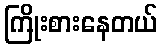
ကြိုးစားနေတယ်